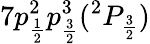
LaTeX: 7p_{\frac{1}{2}}^{2}p_{\frac{3}{2}}^{3}(^{2}P_{\frac{3}{2}})